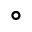
^ { \circ }